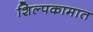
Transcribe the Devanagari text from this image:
शिल्पकामात